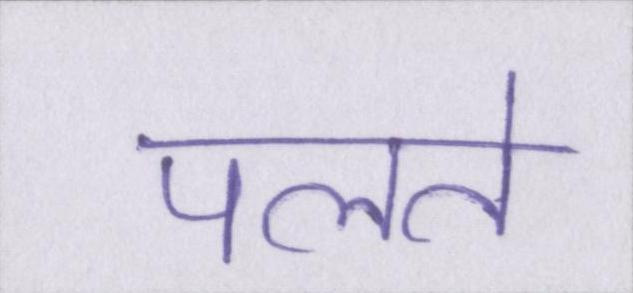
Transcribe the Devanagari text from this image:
पलते